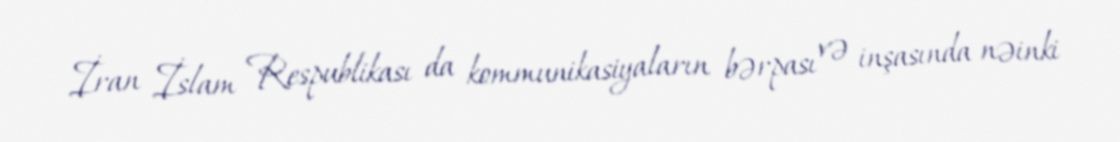
İran İslam Respublikası da kommunikasiyaların bərpası və inşasında nəinki